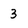
Character: 3